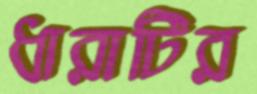
ধারাটির